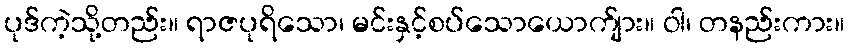
ပုဒ်ကဲ့သို့တည်း။ ရာဇပုရိသော၊ မင်းနှင့်စပ်သောယောက်ျား။ ဝါ၊ တနည်းကား။